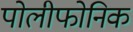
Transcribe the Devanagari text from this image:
पोलीफोनिक